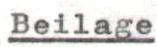
Beilage